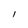
Character: 1